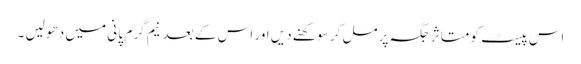
اس پیسٹ کو متا ثر جگہ پر مل کر سو کھنے دیں اور اس کے بعد نیم گر م پا نی میں دھو لیں ۔